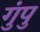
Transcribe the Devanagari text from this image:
गुंपु